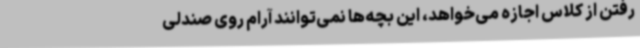
رفتن از کلاس اجازه می‌خواهد، این بچه‌ها نمی‌توانند آرام روی صندلی